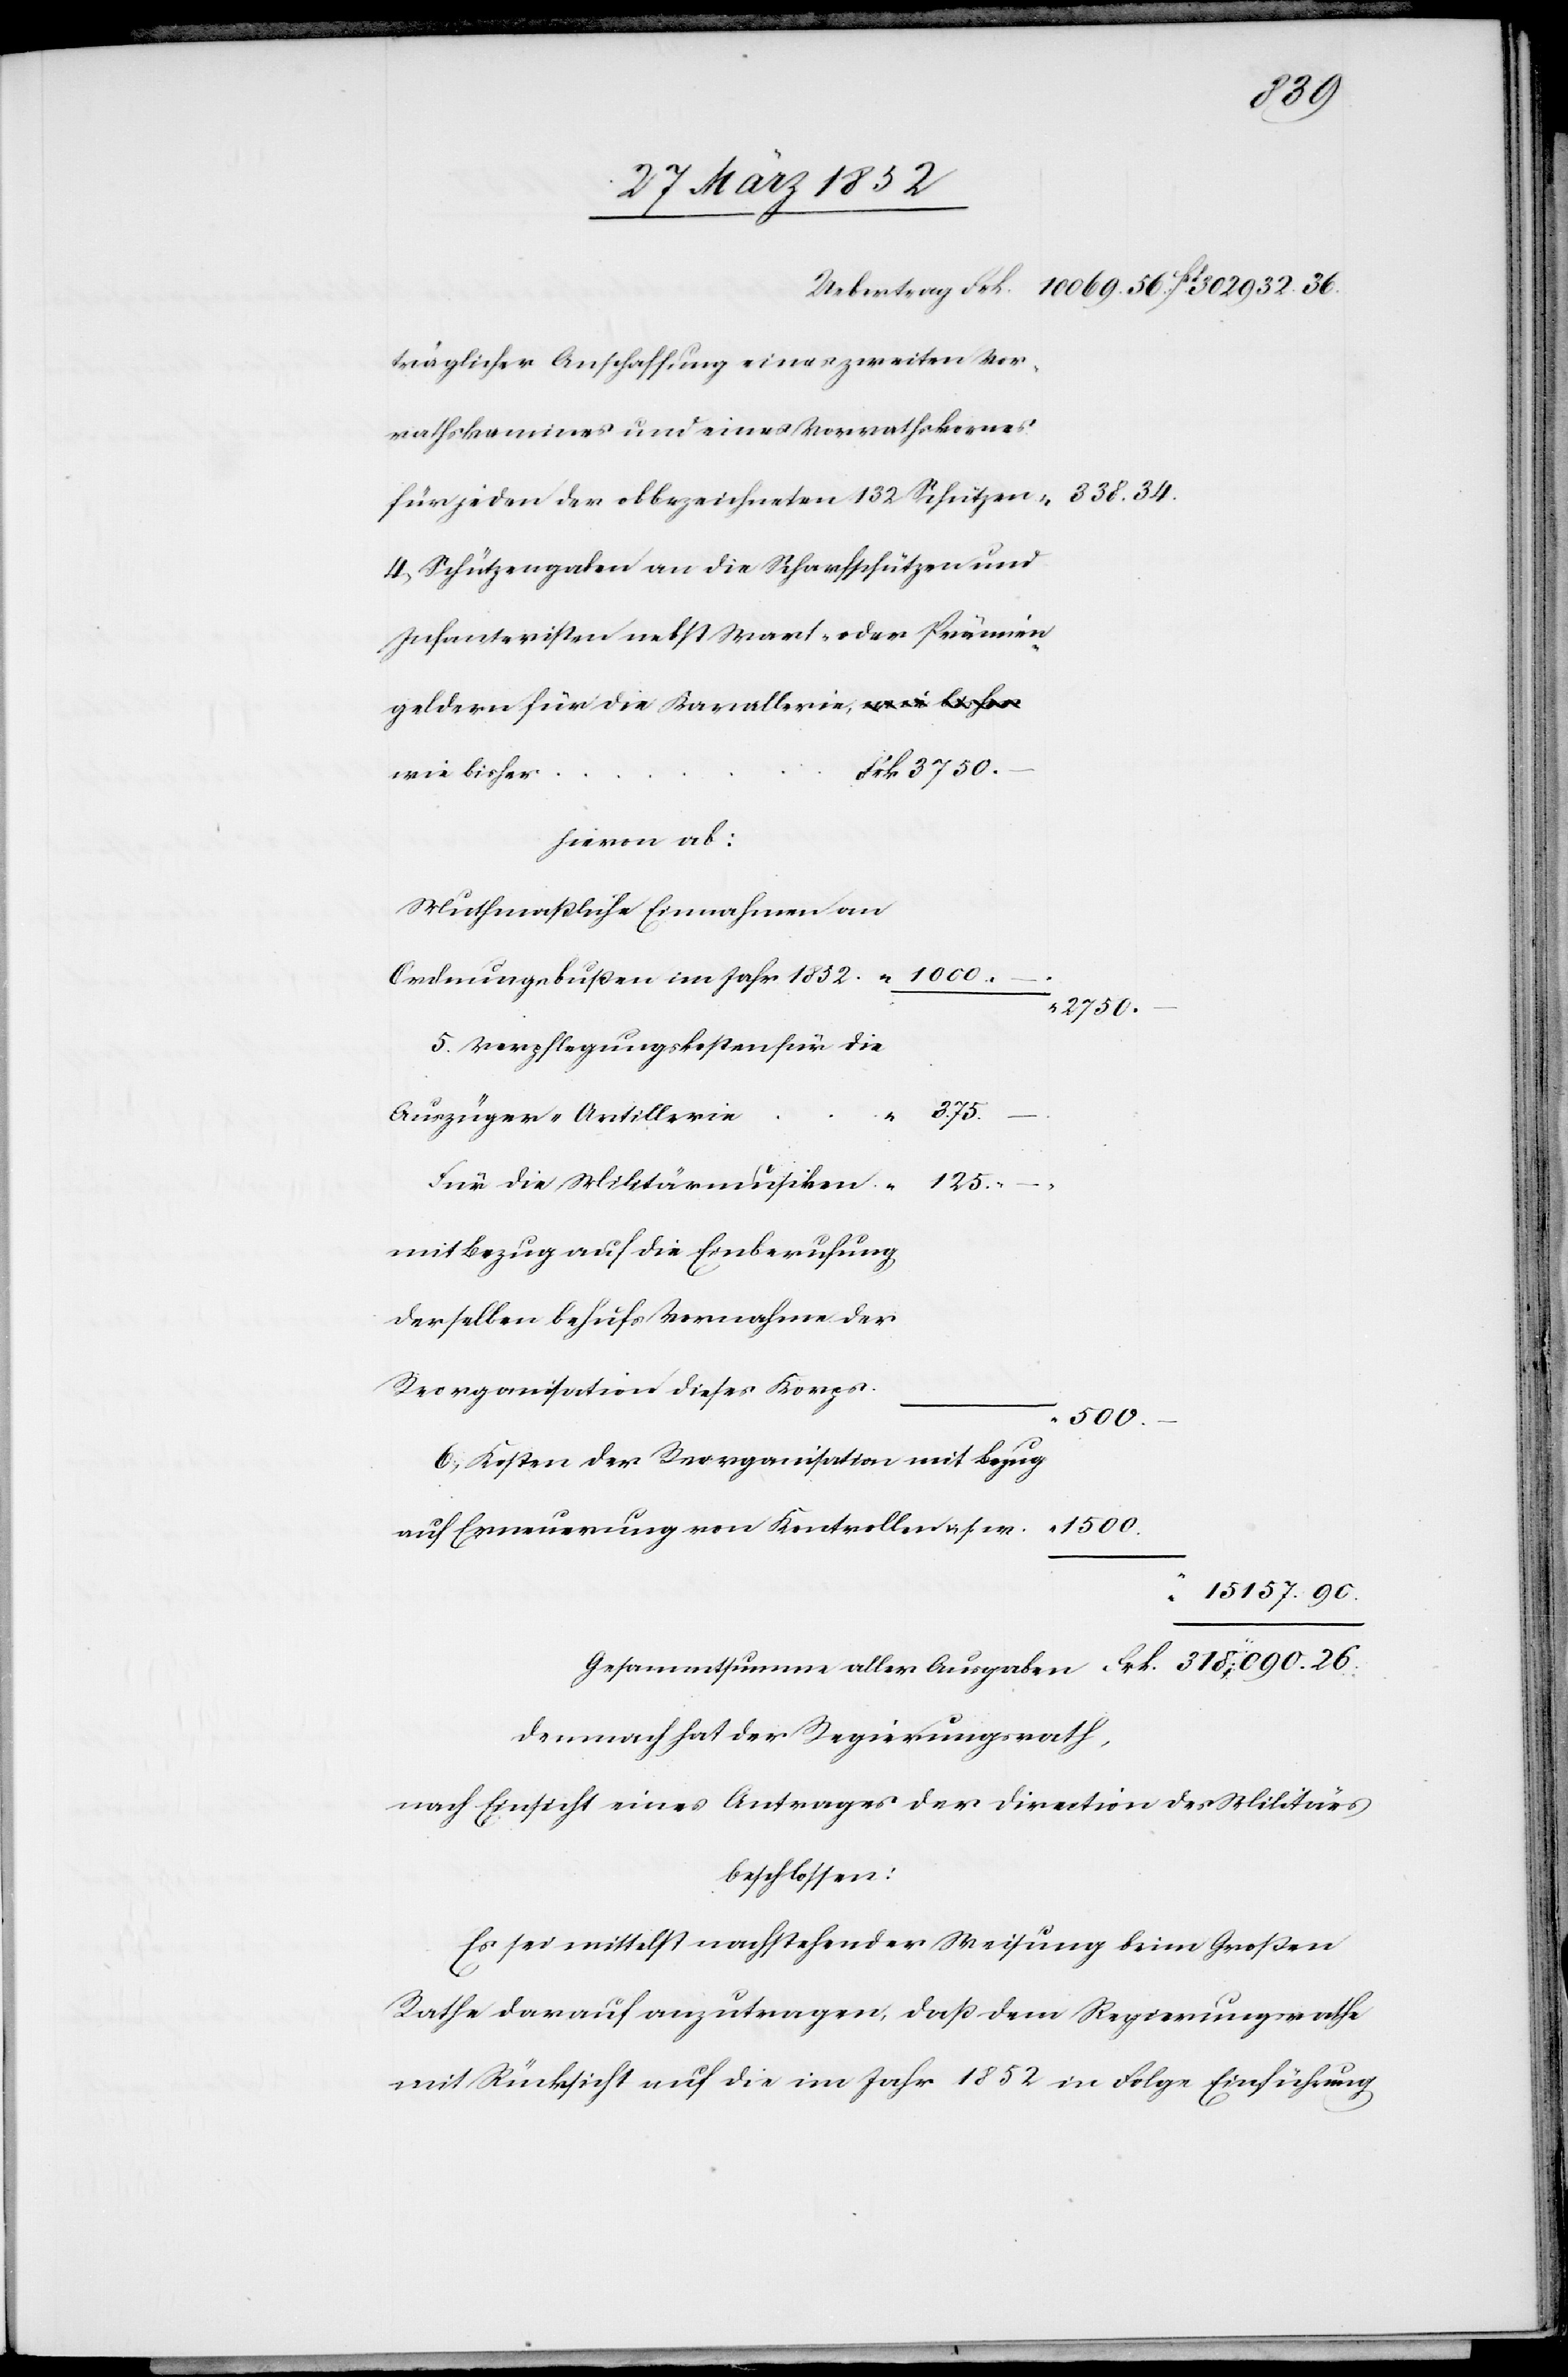
26.
träglicher Anschaffung eines zweiten Vor¬
rathskamines und eines Vorrathskornes
für jeden der obbezeichneten 132 Schützen.
4) Schützengaben an die Scharfschützen und
Infanteristen nebst Wart- oder Prämien¬
geldern für die Kavallerie wie bisher
Frk. 3750.–
hievon ab:
Muthmaßliche Einnahmen an
Ordnungsbußen im Jahr 1832
2750.
5) Verpflegungskosten für die
375.
Auszüger-Artillerie
Für die Militärmusiken
mit Bezug auf die Einberufung
derselben behufs Vornahme der
Reorganisation dieses Korps.
6) Kosten der Reorganisation mit Bezug
auf Erneuerung von Kontrollen u. s. w.
Demnach hat der Regierungsrath,
nach Einsicht eines Antrages der Direction des Militärs
beschlossen:
Es sei mittelst nachstehender Weisung beim Großen
Rathe darauf anzutragen, daß dem Regierungsrathe
mit Rücksicht auf die im Jahr 1852 in Folge Einführung